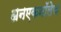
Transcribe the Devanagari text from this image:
अनएकनॉलेज